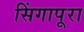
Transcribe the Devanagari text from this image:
सिंगापूरा